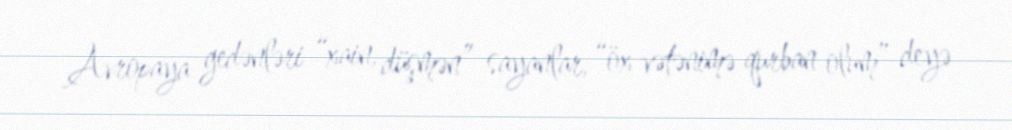
Avropaya gedənləri “xain, düşmən” sayanlar, “öx vətənimə qurban olum” deyə